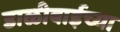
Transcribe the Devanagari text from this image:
डाळीबाईच्या